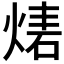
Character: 𤊴